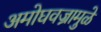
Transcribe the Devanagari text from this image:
अमोघवज्रामुळे